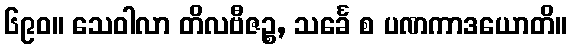
၆၉၀။ သေဝါလာ တိလဗီဇဉ္စ, သင်္ခေ စ ပဏကာဒယောတိ။